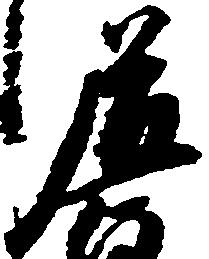
道